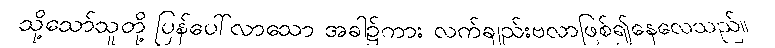
သို့သော်သူတို့ ပြန်ပေါ်လာသော အခါ၌ကား လက်ချည်းဗလာဖြစ်၍နေလေသည်။